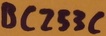
Text: BC253C